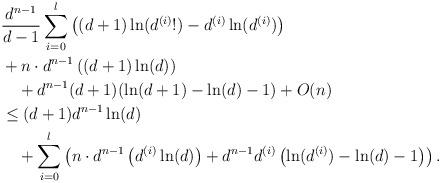
LaTeX: \begin{align*}&\frac{d^{n-1}}{d-1} \sum_{i=0}^l \left( (d+1)\ln(d^{(i)}!) - d^{(i)}\ln(d^{(i)}) \right) \\&+ n \cdot d^{n-1}\left((d+1)\ln(d)\right) \\& \quad+ d^{n-1}(d+1)(\ln(d+1)-\ln(d)-1) + O(n)\\&\leq (d+1)d^{n-1} \ln(d)\\& \quad+ \sum_{i=0}^l \left( n \cdot d^{n-1} \left( d^{(i)} \ln(d) \right) + d^{n-1} d^{(i)} \left( \ln(d^{(i)}) - \ln(d) -1 \right) \right).\end{align*}